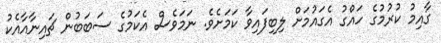
ގާއިމު ކުރުމުގެ ހައްގު އެގައުމަށް ލިބިފައިވާ ކަމަށެވެ. ނަމަވެސް އެކަމުގެ ސަބަބުން ޗައިނާއާއެކު